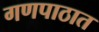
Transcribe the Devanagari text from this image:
गणपाठात